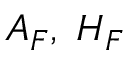
A _ { F } , \; H _ { F }